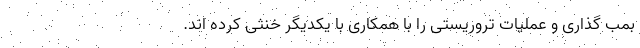
بمب گذاری و عملیات تروریستی را با همکاری با یکدیگر خنثی کرده اند.